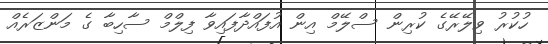
ހުކުރު ވިލޭރޭގެ ކުރިން ސްލޭމް އިން އުފައްދާފައިވާ ފިލްމް ސާހިބާ ގެ މަންޒަރެއް